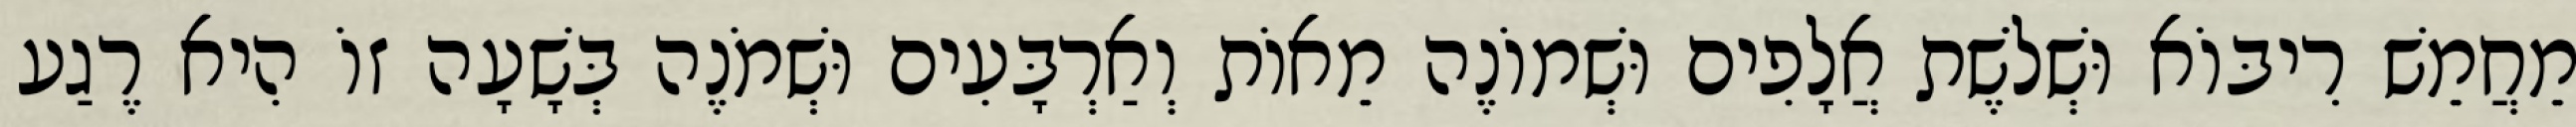
מֵחֲמֵשׁ רִיבּוֹא וּשְׁלֹשֶׁת אֲלָפִים וּשְׁמוֹנֶה מֵאוֹת וְאַרְבָּעִים וּשְׁמֹנֶה בְּשָׁעָה זוֹ הִיא רֶגַע